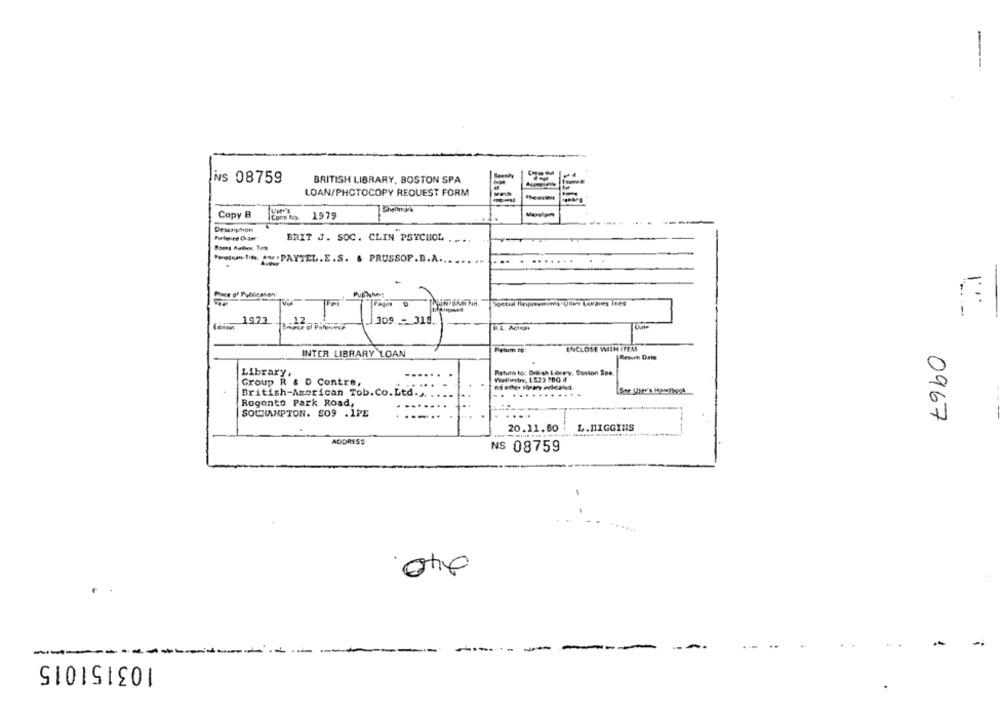
----
is 08759
BRITISH LIBRARY, BOSTON SPA
LOAN/PHOTOCOPY REQUEST FORM
Copy B
Come Boy
1979
Description
BRIT J. SOC. CLIN PSYCHOL ....
www .. ... PAYTEL.E.S. & PRUSSOP.D.A.
....
...
11
Tuer
309- 318
INTER LIBRARY LOAN
Petum to:
ENCLOSE WITH ITEM
Return Date
Library,
Return to: British Lerary, Conton SDe.
Group R & D Contre,
5
British-American Tob. Co.Ltd .,.
Rogento Park Road,
SOLNANPTON. 509 .1PE
....
0967
20.11.60
L.HIGGINS
ADDRESS
NS 08759
103151015